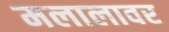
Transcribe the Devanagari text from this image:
मलालावर